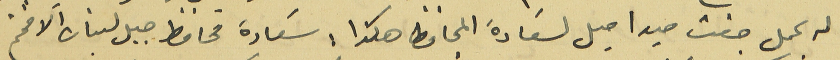
له بحمل جفت صيد احيل لسَعادة المحافظ هكذا : سَعادة محافظ جبل لبنان الافخم